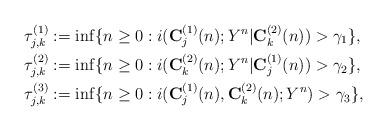
LaTeX: \begin{align*}\tau^{(1)}_{j,k}&:=\inf\{n\geq 0: i({\bf C}^{(1)}_j(n); Y^n|{\bf C}^{(2)}_k(n)) > \gamma_1\},\\\tau^{(2)}_{j,k}&:=\inf\{n\geq 0: i({\bf C}^{(2)}_k(n); Y^n|{\bf C}^{(1)}_j(n)) > \gamma_2\},\\\tau^{(3)}_{j,k}&:=\inf\{n\geq 0: i({\bf C}^{(1)}_j(n),{\bf C}^{(2)}_k(n);Y^n) > \gamma_3\},\end{align*}